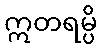
ဣတရမ္ပိ